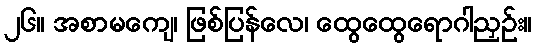
၂၆။ အစာမကျေ၊ ဖြစ်ပြန်လေ၊ ထွေထွေရောဂါညှဉ်း။